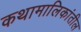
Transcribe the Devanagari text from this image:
कथामालिकांतील